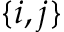
\{ i , j \}